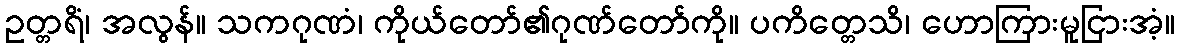
ဥတ္တရိံ၊ အလွန်။ သကဂုဏံ၊ ကိုယ်တော်၏ဂုဏ်တော်ကို။ ပကိတ္တေသိ၊ ဟောကြားမူငြားအံ့။